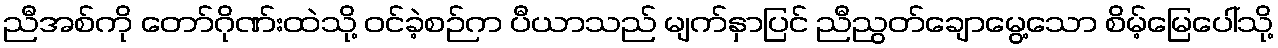
ညီအစ်ကို တော်ဂိုဏ်းထဲသို့ ဝင်ခဲ့စဉ်က ပီယာသည် မျက်နှာပြင် ညီညွတ်ချောမွေ့သော စိမ့်မြေပေါ်သို့